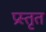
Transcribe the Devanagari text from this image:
प्रस्तृत